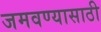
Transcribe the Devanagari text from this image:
जमवण्यासाठी